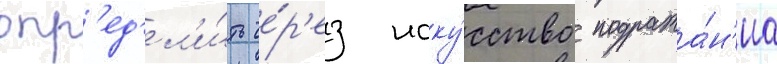
опр'ед'ел'и́ть че́р'ез иску́сство подража́н'иа